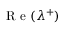
\mathrm { ~ R ~ e ~ } ( \lambda ^ { + } )